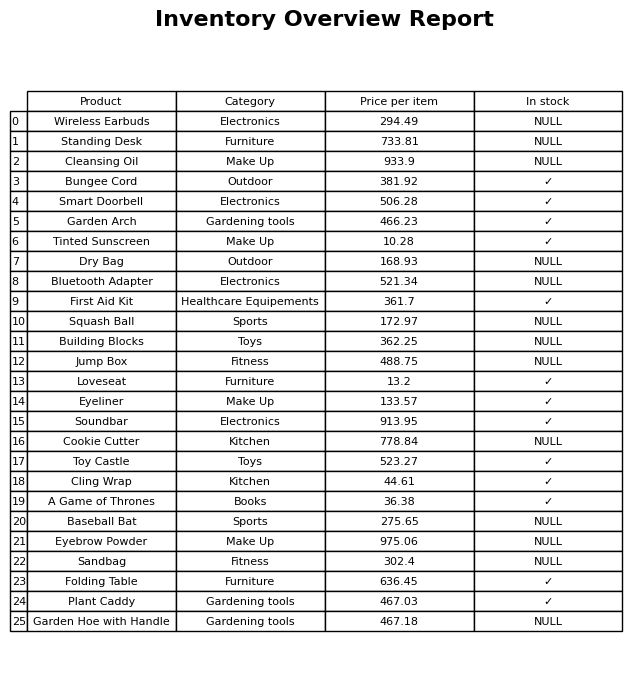
question: What is the price of the Tinted Sunscreen?
answer: The price of Tinted Sunscreen is 10.28.